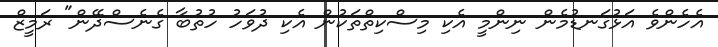
އެހެންވެ އަޅުގަނޑުމެން ނިންމީ އެކި މިސްކިތްތަކުން އެކި ދުވަހު ހުތުބާ ގެނެސްދޭން" ރަމީޒް